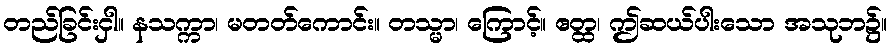
တည်ခြင်းငှါ။ နသက္ကာ၊ မတတ်ကောင်း။ တသ္မာ၊ ကြောင့်။ ဧတ္ထ၊ ဤဆယ်ပါးသော အသုဘ၌။